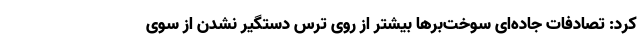
کرد: تصادفات جاده‌ای سوخت‌برها بیشتر از روی ترس دستگیر نشدن از سوی